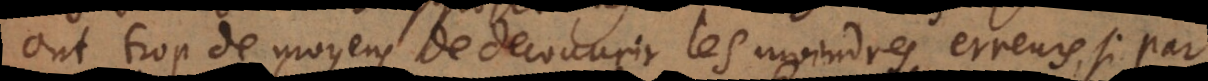
ont trop de moyens de decouvrir les moindres erreurs, si par